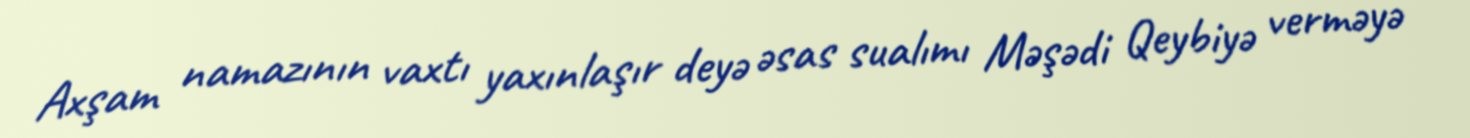
Axşam namazının vaxtı yaxınlaşır deyə əsas sualımı Məşədi Qeybiyə verməyə